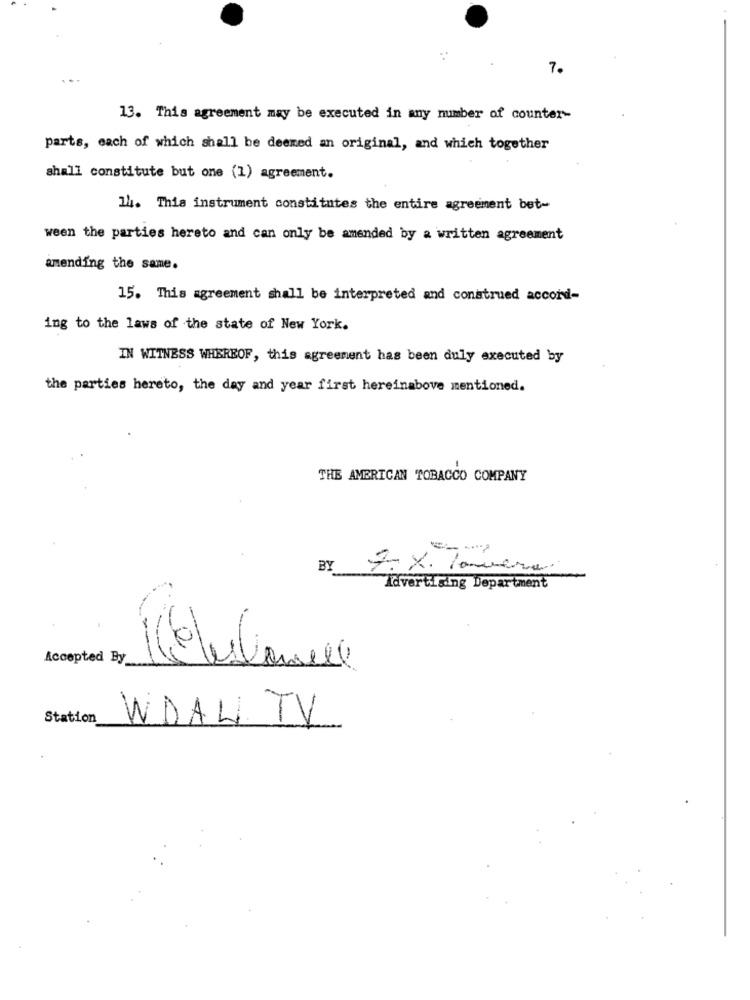
7.
13. This agreement may be executed in any number of counter-
parts, each of which shall be deemed an original, and which together
shall constitute but one (1) agreement.
14. This instrument constitutes the entire agreement bet-
ween the parties hereto and can only be amended by a written agreement
amending the same.
15. This agreement shall be interpreted and construed accord-
ing to the laws of the state of New York.
IN WITNESS WHEREOF, this agreement has been duly executed by
the parties hereto, the day and year first hereinabove mentioned.
THE AMERICAN TOBACCO COMPANY
1-
BY
Advertising Department
Accepted By
Station
WDAL TV